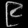
Digit: ၉